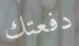
دفعتك